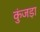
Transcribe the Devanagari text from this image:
कुंजड़ा